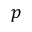
p